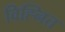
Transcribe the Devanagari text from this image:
विह्नित